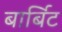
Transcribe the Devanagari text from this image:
बार्बिट